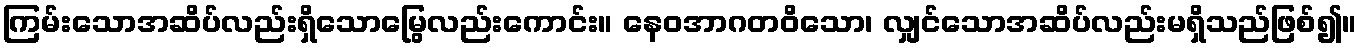
ကြမ်းသောအဆိပ်လည်းရှိသောမြွေလည်းကောင်း။ နေဝအာဂတဝိသော၊ လျှင်သောအဆိပ်လည်းမရှိသည်ဖြစ်၍။